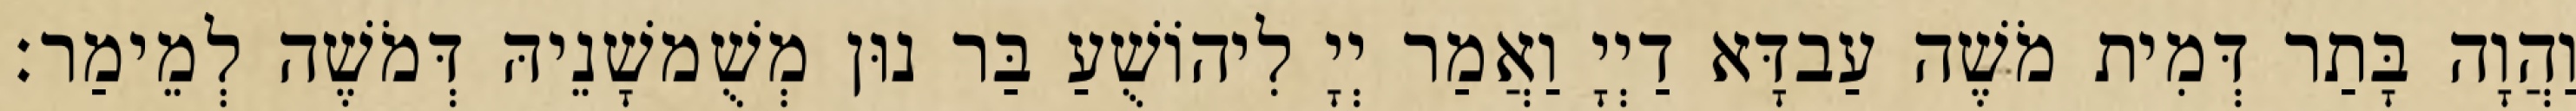
וַהֲוָה בָּתַר דְּמִית מֹשֶׁה עַבדָּא דַיְיָ וַאֲמַר יְיָ לִיהוֹשֻׁעַ בַּר נוּן מְשֻׁמשָׁנֵיהּ דְּמֹשֶׁה לְמֵימַר׃